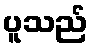
ပူသည်